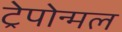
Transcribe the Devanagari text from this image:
ट्रेपोन्मल